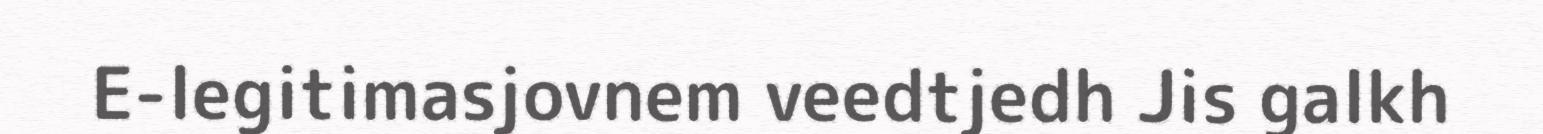
E-legitimasjovnem veedtjedh Jis galkh